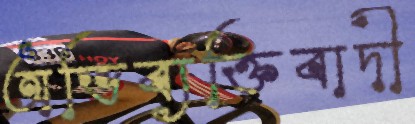
অভিব্যক্তিবাদী